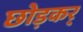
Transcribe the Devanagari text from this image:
छोड़कर्